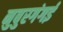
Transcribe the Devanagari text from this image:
नुबुरगंगई